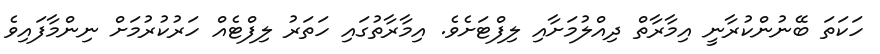
ހަކަތަ ބޭނުންކުރާނީ އިމާރާތް ދިއްލުމަށާއި ލިފްޓަށެވެ. އިމާރާތުގައި ހަތަރު ލިފްޓެއް ހަރުކުރުމަށް ނިންމާފައިވެ